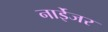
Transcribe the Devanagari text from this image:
नाईेजर